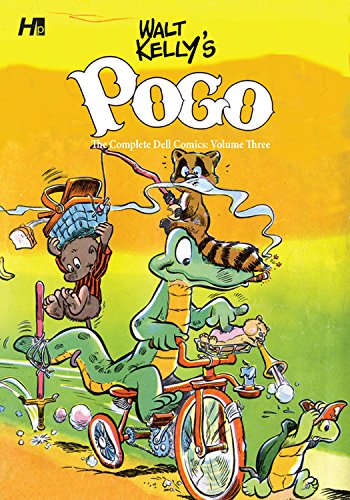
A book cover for Walt Kelly's Pogo the Complete Dell Comics Volume 3 (Walt Kelly Pogo Comp Dell Comics Hc); Walt Kelly; Comics & Graphic Novels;